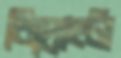
বিদ্রোহটা